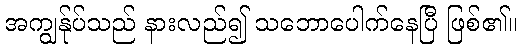
အကျွန်ုပ်သည် နားလည်၍ သဘောပေါက်နေပြီ ဖြစ်၏။